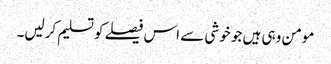
مومن وہی ہیں جو خوشی سے اس فیصلے کو تسلیم کرلیں۔